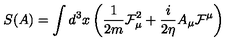
S ( A ) = \int d ^ { 3 } x \left( \frac { 1 } { 2 m } \mathcal { F } _ { \mu } ^ { 2 } + \frac { i } { 2 \eta } A _ { \mu } \mathcal { F } ^ { \mu } \right)